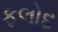
ફલોદ